Indian journal of veterinary science and animal husbandry - Volumes 26-27, 1956-1957
Year: 1956
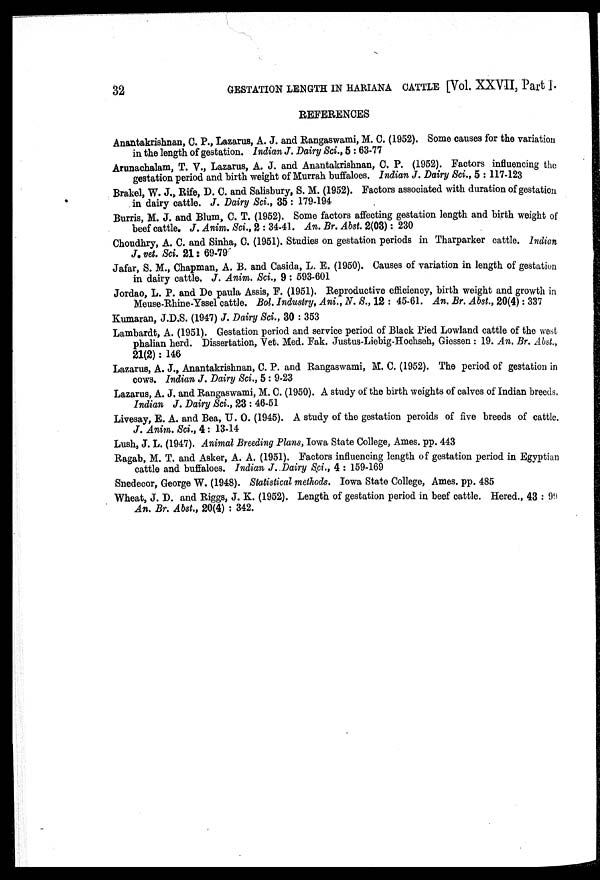
32
GESTATION LENGTH IN HARIANA CATTLE [Vol. XXVII, Part ]
REFERENCES
Anantakrishnan, C. P., Lazarus, A. J. and Rangaswami, M. C. (1952). Some causes for the variation
in the length of gestation. Indian J. Dairy Sci., 5 : 63-77
Arunachalam, T. V., Lazarus, A. J. and Anantakrishnan, C. P. (1952). Factors influencing the
gestation period and birth weight of Murrah buffaloes. Indian J. Dairy Sci., 5 : 117-123
Brakel, W. J., Rife, D. C. and Salisbury, S. M. (1952). Factors associated with duration of gestation
in dairy cattle. J. Dairy Sci., 35 : 179-194
Burris, M. J. and Blum, C. T. (1952). Some factors affecting gestation length and birth weight of
beef cattle. J. Anim. Sci., 2 : 34-41. An. Br. Abst. 2(03): 230
Choudhry, A. C. and Sinha, C. (1951). Studies on gestation periods in Tharparker cattle. Indian
J. vet. Sci. 21: 69-79
Jafar, S. M., Chapman, A. B. and Casida, L. E. (1950). Causes of variation in length of gestation
in dairy cattle. J. Anim. Sci., 9 : 593-601
Jordao, L. P. and De paula Assis, F. (1951). Reproductive efficiency, birth weight and growth in
Meuse-Rhine-Yssel cattle. Bol. Industry, Ani., N. S., 12 : 45-61. An. Br. Abst., 20(4): 337
Kumaran, J.D.S. (1947) J. Dairy Sci., 30 : 353
Lambardt, A. (1951). Gestation period and service period of Black Pied Lowland cattle of the west
phalian herd. Dissertation, Vet. Med. Fak. Justus-Liebig-Hochseh, Giessen : 19. An. Br. Abst.,
21(2) : 146
Lazarus, A. J., Anantakrishnan, C. P. and Rangaswami, M. C. (1952). The period of gestation in
cows. Indian J. Dairy Sci., 5 : 9-23
Lazarus, A. J. and Rangaswami, M. C. (1950). A study of the birth weights of calves of Indian breeds,
Indian J. Dairy Sci., 23 : 46-51
Livesay, E. A. and Bea, U. O. (1945). A study of the gestation peroids of five breeds of cattle.
J. Anim. Sci., 4 : 13-14
Lush, J. L. (1947). Animal Breeding Plans, Iowa State College, Ames. pp. 443
Ragab, M. T. and Asker, A. A. (1951). Factors influencing length of gestation period in Egyptian
cattle and buffaloes. Indian J. Dairy Sci., 4 : 159-169
Snedecor, George W. (1948). Statistical methods. Iowa State College, Ames. pp. 485
Wheat, J. D. and Riggs, J. K. (1952). Length of gestation period in beef cattle. Hered., 43 : 99
An. Br. Abst., 20(4) : 342.